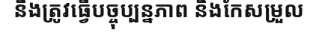
នឹងត្រូវធ្វើបច្ចុប្បន្នភាព និងកែសម្រួល